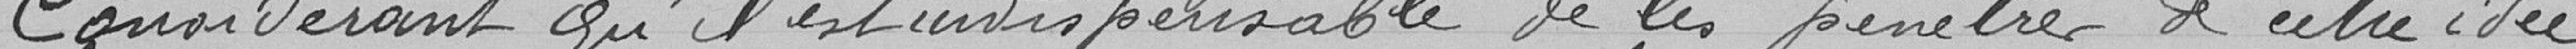
Considérant qu'il est indispensable de les pénétrer d'autre idée